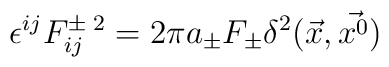
\epsilon^{ij} F^{\pm\;2}_{ij} = 2\pi a_{\pm} F_{\pm}\delta^2(\vec{x},\vec{x^0})